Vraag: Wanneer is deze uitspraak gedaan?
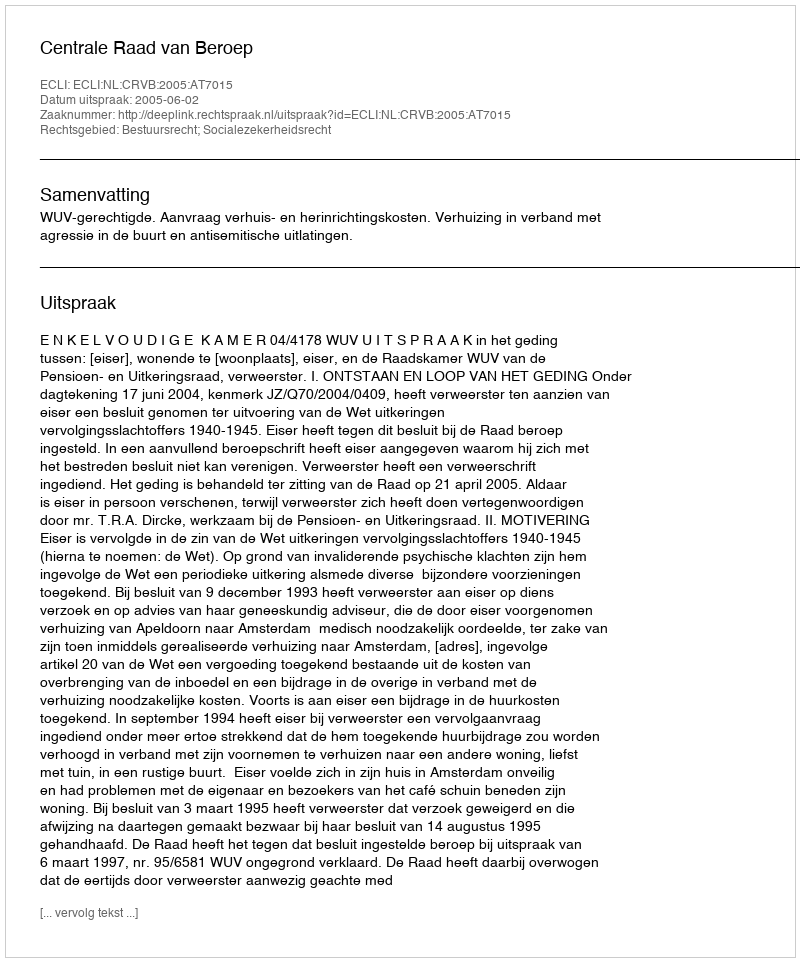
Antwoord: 2005-06-02